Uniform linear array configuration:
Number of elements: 32
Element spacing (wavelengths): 0.5
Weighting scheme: hann
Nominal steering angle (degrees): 0
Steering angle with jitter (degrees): -0.6845
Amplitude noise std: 0.05
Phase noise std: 0.05

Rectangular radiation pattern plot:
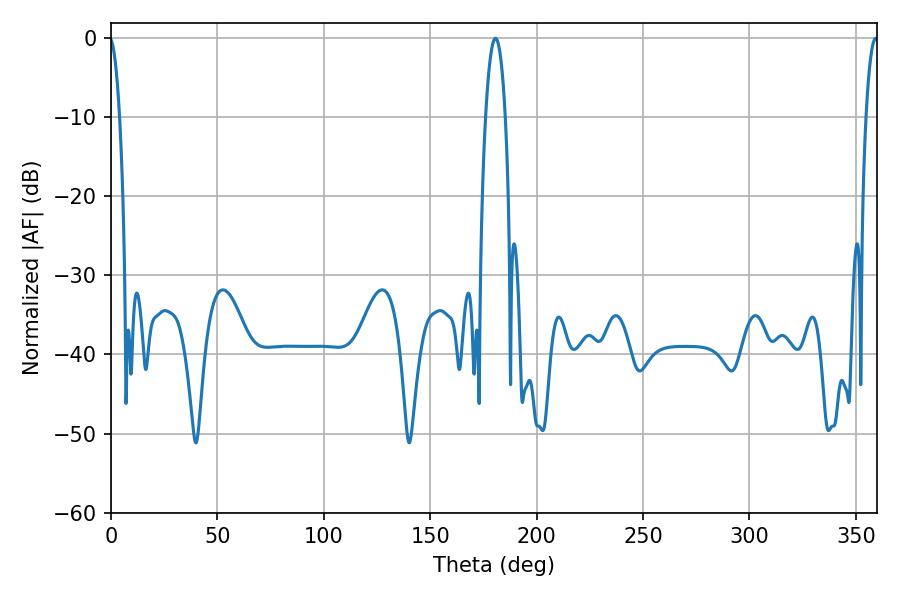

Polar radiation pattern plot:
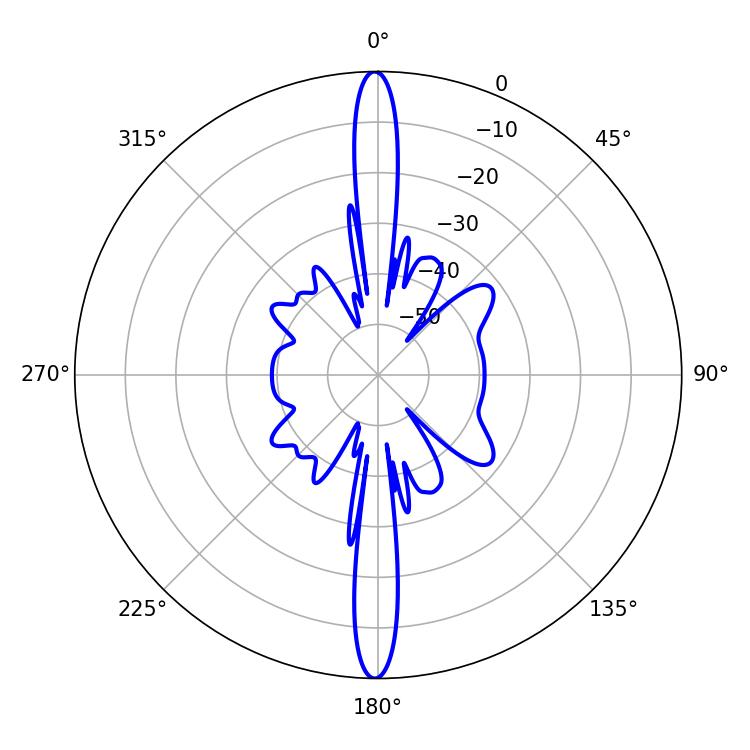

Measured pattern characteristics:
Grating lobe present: FALSE
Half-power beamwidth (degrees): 3.24
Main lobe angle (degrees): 359.28